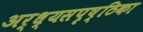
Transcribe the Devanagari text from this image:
अर्ध्यसपृष्ठिका